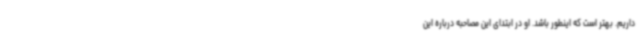
داریم. بهتر است که اینطور باشد. او در ابتدای این مصاحبه درباره این